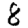
Digit: 8